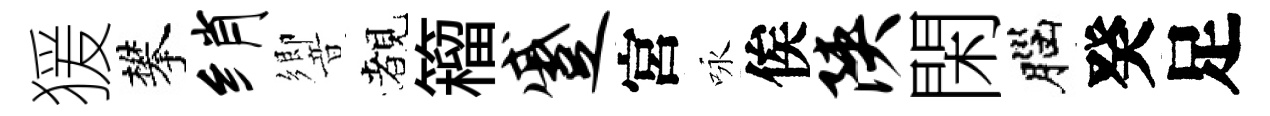
猨攀绡響覩籕蹙宮咏俟陕閑腦癸足